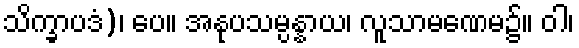
သိက္ခာပဒံ)၊ ပေ။ အနုပသမ္ပန္နာယ၊ လူသာမဏေမ၌။ ဝါ၊